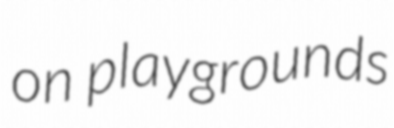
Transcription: on playgrounds